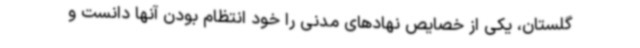
گلستان، یکی از خصایص نهادهای مدنی را خود انتظام بودن آنها دانست و